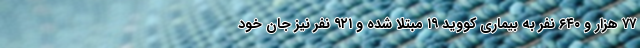
۷۷ هزار و ۶۴۰ نفر به بیماری کووید ۱۹ مبتلا شده و ۹۲۱ نفر نیز جان خود